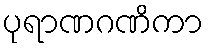
ပုရာဏဂဏိကာ